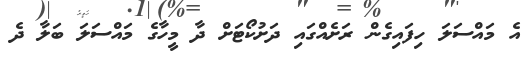
އެ މައްސަލަ ހިފައިގެން ރަށެއްގައި ދަށުކޯޓަށް ދާ މީހާގެ މައްސަލަ ބަލާ ދެ